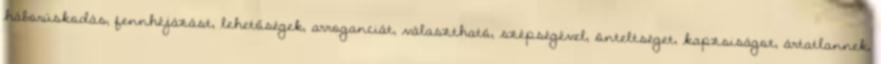
háborúskodás, fennhéjázást, lehetőségek, arroganciát, választható, szépségével, önteltséget, kapzsiságot, ártatlannek,